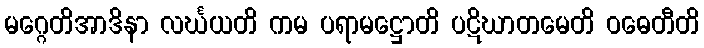
မဂ္ဂေတိအာဒိနာ လင်္ဃယတိ ကမ ပရာမဋ္ဌောတိ ပဋိဃာတမေတိ ဝဓေတီတိ